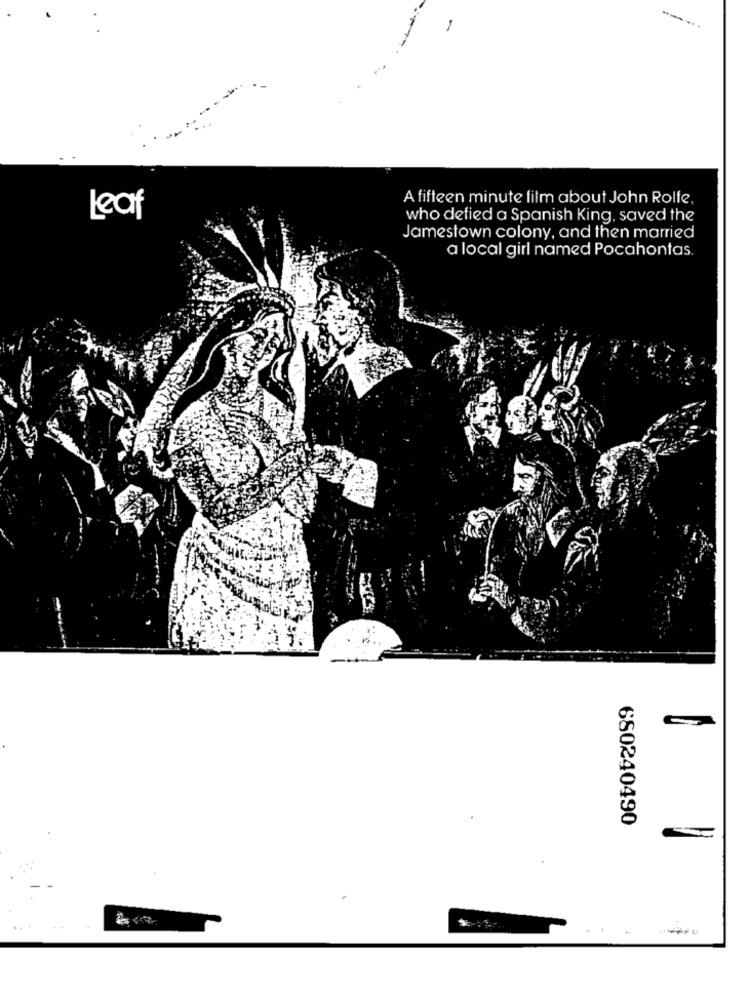
-
A fifteen minute film about John Rolfe,
Leaf
who defied a Spanish King, saved the
Jamestown colony, and then married
a local girl named Pocahontas.
680240490
..